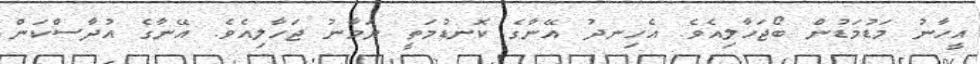
އީހާނު މަޑުމަޑުން ބޯޖަހާލިއެވެ. އެހިނދު އޭނާގެ ކޮނޑުމަތީ ޔަމާނު ޖަހާލިއެވެ. އޭނާގެ އުދާސްކަން